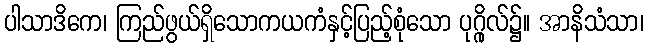
ပါသာဒိကေ၊ ကြည်ဖွယ်ရှိသောကယကံနှင့်ပြည့်စုံသော ပုဂ္ဂိုလ်၌။ အာနိသံသာ၊